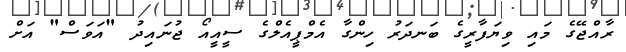
ރާއްޖޭގެ މައި ވިޔަފާރީގެ ބަނދަރު ހިންގާ އެމްޕީއެލްގެ ސީއީއޯ ޖުނައިދު "އަވަސް" އަށް